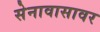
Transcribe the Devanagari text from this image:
सेनावासावर